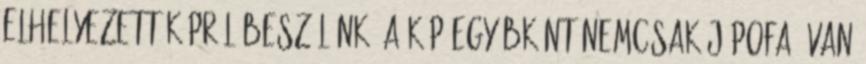
elhelyezett képről beszélünk. A kép egyébként nemcsak jópofa, van